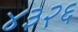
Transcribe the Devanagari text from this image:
४३२६